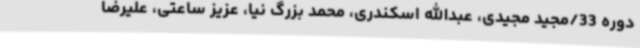
دوره 33/مجید مجیدی، عبدالله اسکندری، محمد بزرگ نیا، عزیز ساعتی، علیرضا